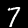
Digit: 7